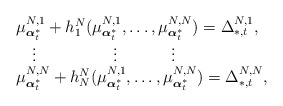
\begin{align*}\begin{array}{l} \mu^{N,1}_{\boldsymbol{\alpha}^*_t}+h_1^N(\mu^{N,1}_{\boldsymbol{\alpha}^*_t},\ldots,\mu^{N,N}_{\boldsymbol{\alpha}^*_t})=\Delta^{N,1}_{*,t},\\\quad\vdots \qquad\qquad~~\vdots\qquad~~~~\vdots\\\mu^{N,N}_{\boldsymbol{\alpha}^*_t}+h_N^N(\mu^{N,1}_{\boldsymbol{\alpha}^*_t},\ldots,\mu^{N,N}_{\boldsymbol{\alpha}^*_t})=\Delta^{N,N}_{*,t},\end{array}\end{align*}